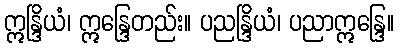
ဣန္ဒြိယံ၊ ဣန္ဒြေတည်း။ ပညန္ဒြိယံ၊ ပညာဣန္ဒြေ။